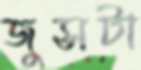
জুসটা